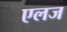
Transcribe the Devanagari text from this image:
एलज